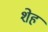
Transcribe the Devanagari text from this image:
शेह